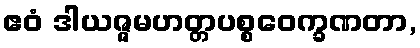
ဧဝံ ဒါယဇ္ဇမဟတ္တပစ္စဝေက္ခဏတာ,